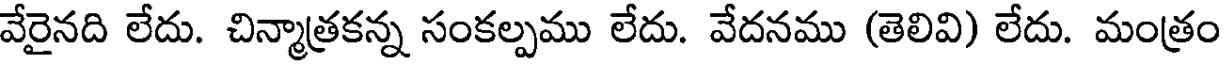
వేరైనది లేదు. చిన్మాత్రకన్న సంకల్పము లేదు. వేదనము (తెలివి) లేదు. మంత్రం